Vaccination in Burma 1920-1933 - 1920-1933
Year: 1920
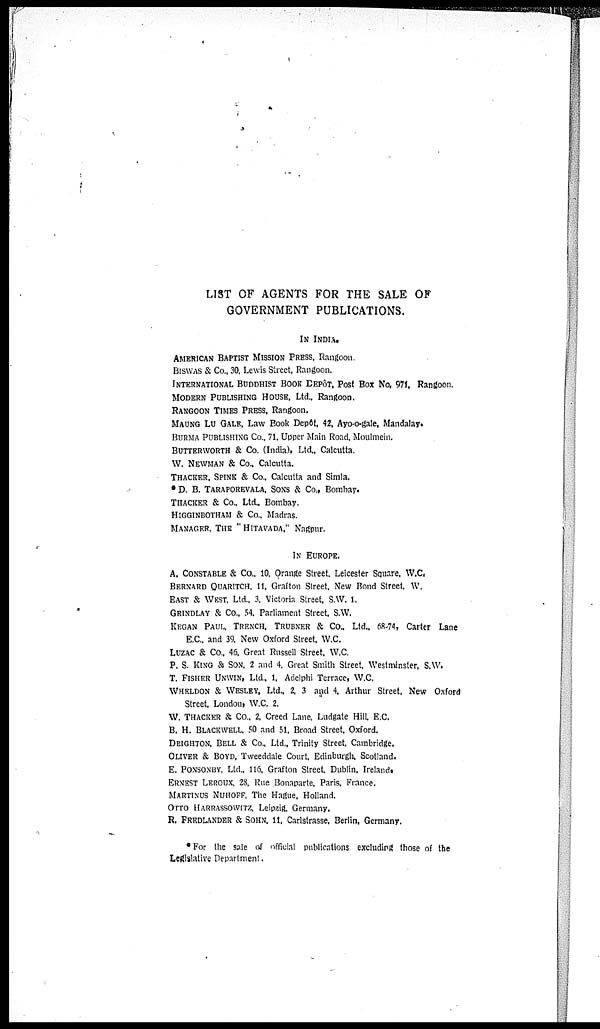
LIST OF AGENTS FOR THE SALE OF
GOVERNMENT PUBLICATIONS.
IN INDIA.
AMERICAN BAPTIST MISSION PRESS, Rangoon.
BISWAS & Co., 30, Lewis Street, Rangoon.
INTERNATIONAL BUDDHIST BOOK DEPÔT, Post Box No, 971, Rangoon.
MODERN PUBLISHING HOUSE, Ltd., Rangoon.
RANGOON TIMES PRESS, Rangoon.
MAUNG LU GALE, Law Book Depôt. 42, Ayo-o-gale, Mandalay.
BURMA PUBLISHING Co., 71, Upper Main Road, Mouimein.
BUTTERWORTH & Co. (India), Ltd., Calcutta.
W. NEWMAN & Co., Calcutta.
THACKER, SPINK& Co. Calcutta and Simla.
* D. B. TARAPOREVALA, SONS & Co., Bombay.
THACKER & Co., Ltd., Bombay.
HIGGINBOTHAM & Co., Madras.
MANAGER, THE " HITAVADA." Nagpur.
IN EUROPE.
A. CONSTABLE & Co., 10, Orange Street, Leicester Square, W.C.
BERNARD QUARITCH, 11, Grafton Street. New Bond Street. W.
EAST & WEST. Ltd., 3, Victoria Street, S.W. 1.
GRINDLAY & Co., 54. Parliament Street S.W.
KEGAN PAUL. TRENCH. TRUBNER & Co., Ltd., 68-74, Carter Lane
E.C. and 39. New Oxford Street. W.C.
LUZAC & Co., 46. Great Russell Street. W.C.
P. S. KING & SON, 2 and 4, Great Smith Street, Westminster, S.W.
T. FISHER UNWIN, Ltd., 1, Adelphi Terrace, W.C.
WHELDON & WESLEY, Ltd., 2 ,3 and 4. Arthur Street, New Oxford
Street, London, W.C. 2.
W. THACKER & Co., 2. Creed Lane, Ludgate Hill E.C.
B. H. BLACKWELL, 50 and 51, Broad Street, Oxford.
DEIGHTON, BELL & Co., Ltd., Trinity Street, Cambridge.
OLIVER & BOYD, Tweeddale Court Edinburgh, Scotland.
E. PONSONBY, Ltd., 116. Grafton Street Dublin. Ireland.
ERNEST LEROUX, 28, Rue Bonaparte, Paris, France.
MARTINUS NIJHOFF. The Hague, Holland.
OTTO HARRASSOWITZ Leipzig Germany.
R. FREDLANDER & SOHN 11, Carlstrasse, Berlin, Germany.
* For the sale of official publications excluding those of the
Legislative Department.